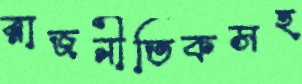
রাজনীতিকসহ